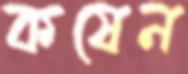
কষেন